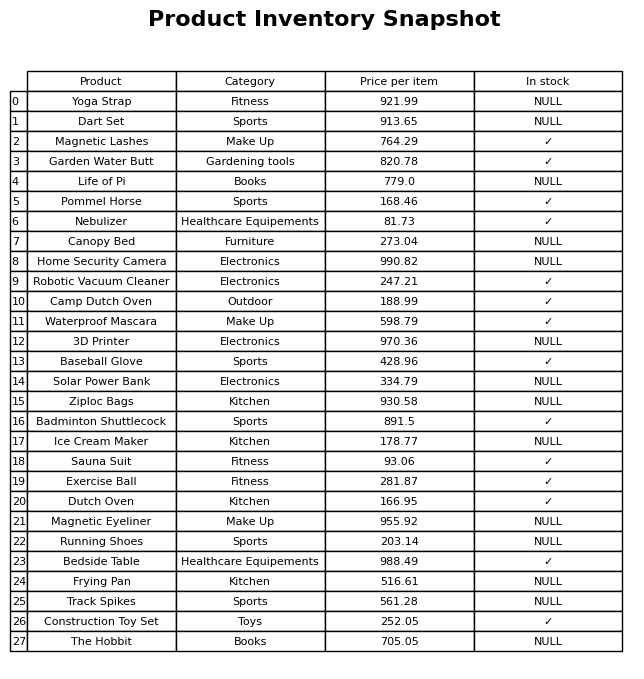
question: Which products are available in stock?
answer: Magnetic Lashes, Garden Water Butt, Pommel Horse, Nebulizer, Robotic Vacuum Cleaner, Camp Dutch Oven, Waterproof Mascara, Baseball Glove, Badminton Shuttlecock, Sauna Suit, Exercise Ball, Dutch Oven, Bedside Table, Construction Toy Set